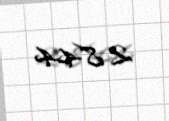
2 844